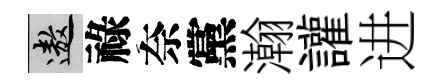
遨祿奈黨瀚讙进